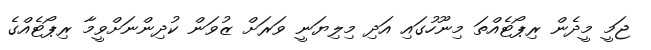
ޖަމީ މީދެން ރިޕޯޓެއްތަ މިނޫހުގައި އަދި މިލިޔަނީ ވަރަށް ޒުވަން ކުދިންނަށްވީމާ ރިޕޯޓެއްގެ